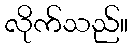
လိုက်သည်။